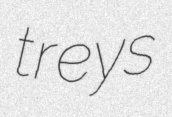
treys